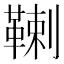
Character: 𩋷